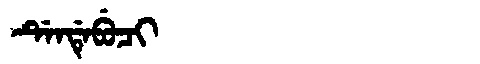
Manchu: ᡩᡝᠨᡩᡝᠪᡠᠴᡳ
Romanization: DENDEBUCI